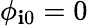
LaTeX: \phi_{\mathbf{i}0}=0